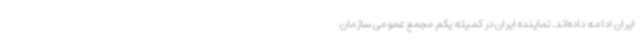
ایران ادامه داده‌اند. نماینده ایران در کمیته یکم مجمع عمومی سازمان